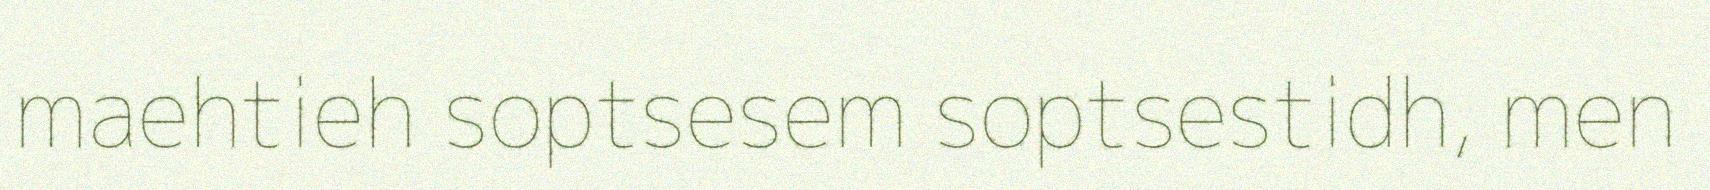
maehtieh soptsesem soptsestidh, men